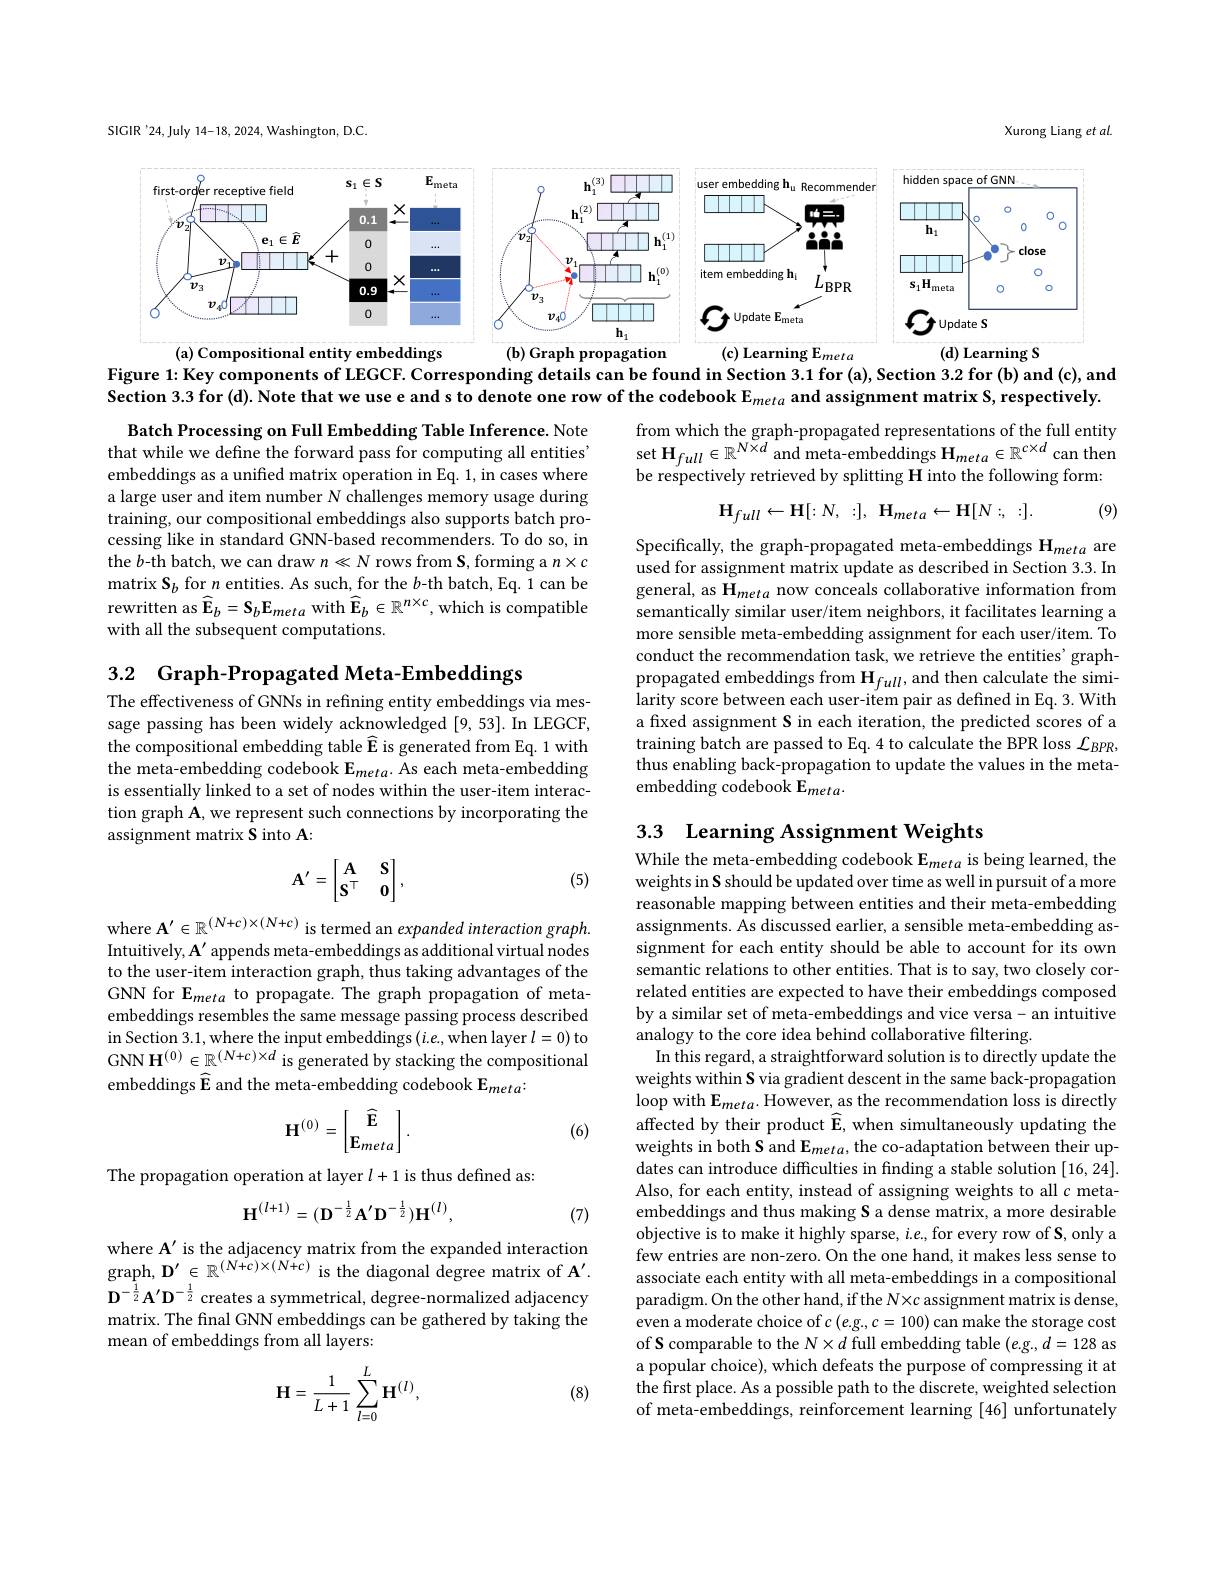
SIGIR'24,July 14-18, 2024, Washington, D.C

Xurong Liang et al

<FigureHere>

Figure 1: Key components of LEGCF. Corresponding details can be found in Section 3.1 for (a), Section 3.2 for (b) and (c), and Section 3.3 for (d). Note that we use e and s to denote one row of the codebook $\mathbb{E}_meta$ and assignment matrix S, respectively.

from which the graph-propagated representations of the full entity $\operatorname*{set}\mathbf{H}_{full}\in\mathbb{R}^{N\times d}$and meta-embeddings $\mathbf{H}_meta\in\mathbb{R}^{c\times d}$ can then be respectively retrieved by splitting H into the following form:

(9)
$$\mathbf{H}_{full}\leftarrow\mathbf{H}[:N,\::],\:\mathbf{H}_{meta}\leftarrow\mathbf{H}[N:,\::].$$
Batch Processing on Full Embedding Table Inference. Note that while we define the forward pass for computing all entities' embeddings as a unified matrix operation in Eq. 1, in cases where a large user and item number $N$ challenges memory usage during training, our compositional embeddings also supports batch processing like in standard GNN-based recommenders. To do so, in the $b$-th batch, we can draw $n\ll N$ rows from S, forming a $n\times c$ matrix $\mathbf{S}_b$ for $n$ entities. As such, for the $b$-th batch, Eq. 1 can be rewritten as $\widehat{\mathbf{E}}_b=\mathbf{S}_b\mathbf{E}_{meta}$ with $\widehat{\mathbf{E}}_b\in\mathbb{R}^{n\times c}$, which is compatible with all the subsequent computations.

Specifically, the graph-propagated meta-embeddings H$_{meta}$ are used for assignment matrix update as described in Section 3.3. In general, as $\tilde{\mathbf{H}}_{meta}$ now conceals collaborative information from semantically similar user/item neighbors, it facilitates learning a more sensible meta-embedding assignment for each user/item. To conduct the recommendation task, we retrieve the entities' graphpropagated embeddings from $\mathbf{H}_{full}$,and then calculate the similarity score between each user-item pair as defined in Eq. 3. With a fixed assignment S in each iteration, the predicted scores of a training batch are passed to Eq. 4 to calculate the BPR loss $\mathcal{L}_{BPR}$, thus enabling back-propagation to update the values in the metaembedding codebook E$_{meta}.$

3.2 Graph-Propagated Meta-Embeddings

The effectiveness of GNNs in refining entity embeddings via message passing has been widely acknowledged [9,53]. In LEGCF, the compositional embedding table $\widehat{\mathbf{E}}$ is generated from Eq. 1 with the meta-embedding codebook E$_meta.$ As each meta-embedding is essentially linked to a set of nodes within the user-item interaction graph A, we represent such connections by incorporating the assignment matrix S into A

# 3.3 Learning Assignment Weights While the meta-embedding codebook E$_{meta}$ is being learned, the
$$\mathbf{A}'=\begin{bmatrix}\mathbf{A}&\mathbf{S}\\\mathbf{S}^\top&\mathbf{0}\end{bmatrix},$$
(5)

where $\mathbf{A}^{\prime}\in\mathbb{R}^{(N+c)\times(N+c)}$ is termed an expanded interaction graph. Intuitively, A' appends meta-embeddings as additional virtual nodes to the user-item interaction graph, thus taking advantages of the GNN for E$_meta$ to propagate. The graph propagation of metaembeddings resembles the same message passing process described in Section 3. 1, where the input embeddings ( i. e, when layer $l= 0)$ to GNN H$^(0)\in\mathbb{R}^{(N+c)\times d}$ is generated by stacking the compositional embeddings $\widehat{\mathbf{E}}$ and the meta-embedding codebook E$_meta:$
$$\mathbf{H}^{(0)}=\begin{bmatrix}\widehat{\mathbf{E}}\\\mathbf{E}_{meta}\end{bmatrix}.$$
(6)

weights in S should be updated over time as well in pursuit of a more reasonable mapping between entities and their meta-embedding assignments. As discussed earlier, a sensible meta-embedding assignment for each entity should be able to account for its own semantic relations to other entities. That is to say, two closely correlated entities are expected to have their embeddings composed by a similar set of meta-embeddings and vice versa- an intuitive analogy to the core idea behind collaborative filtering.
In this regard, a straightforward solution is to directly update the weights within S via gradient descent in the same back-propagation loop with $\mathbf{E}_meta.$ However, as the recommendation loss is directly affected by their product $\widehat{\mathbf{E}}$, when simultaneously updating the weights in both S and Emeta, the co-adaptation between their updates can introduce difficulties in finding a stable solution [16,24] Also, for each entity, instead of assigning weights to all $c$ metaembeddings and thus making S a dense matrix, a more desirable objective is to make it highly sparse, $i.e.$,for every row of S, only a few entries are non-zero. On the one hand, it makes less sense to associate each entity with all meta-embeddings in a compositional paradigm. On the other hand, if the N×c assignment matrix is dense, even a moderate choice of $c\left(e.g.,c=100\right)$ can make the storage cost of S comparable to the $N\times d$ full embedding table $( e.$g$. , d= 128$ as a popular choice), which defeats the purpose of compressing it at the first place. As a possible path to the discrete, weighted selection of meta-embeddings, reinforcement learning [46] unfortunately

The propagation operation at layer $l+1$ is thus defined as:
$$\mathbf{H}^{(l+1)}=(\mathbf{D}^{-\frac{1}{2}}\mathbf{A}^{\prime}\mathbf{D}^{-\frac{1}{2}})\mathbf{H}^{(l)},$$
(7)

where A' is the adjacency matrix from the expanded interaction $\operatorname*{graph,}\mathbf{D}^{\prime}\in\mathbb{R}^{(N+c)\times(N+c)}$is the diagonal degree matrix of A'. $\mathbf{D}^{-\frac12}\mathbf{A}^{\prime}\mathbf{D}^{-\frac12}$ creates a symmetrical, degree-normalized adjacency matrix. The final GNN embeddings can be gathered by taking the mean of embeddings from all layers:
$$\mathbf{H}=\frac{1}{L+1}\sum_{l=0}^{L}\mathbf{H}^{(l)},$$
(8)